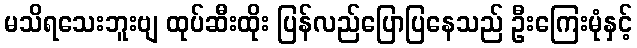
မသိရသေးဘူးဗျ ထုပ်ဆီးထိုး ပြန်လည်ပြောပြနေသည် ဦးကြေးမုံနှင့်